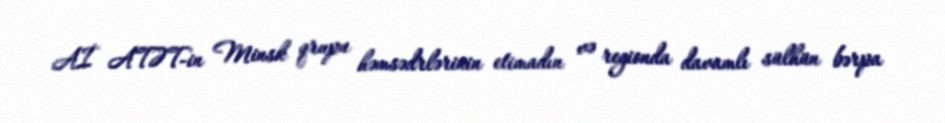
Aİ ATƏT-in Minsk qrupu həmsədrlərinin etimadın və regionda davamlı sülhün bərpa